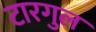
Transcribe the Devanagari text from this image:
टारगुल